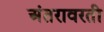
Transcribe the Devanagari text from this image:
अंतरावरती